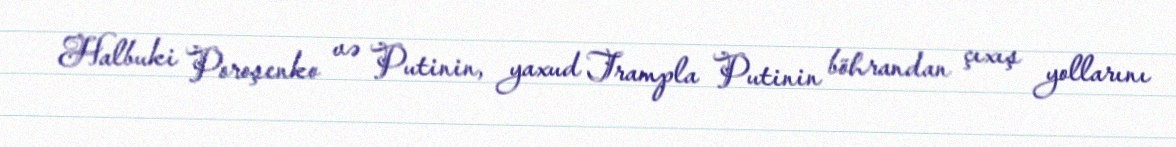
Halbuki Poroşenko və Putinin, yaxud Trampla Putinin böhrandan çıxış yollarını